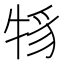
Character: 𤙪